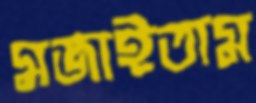
মজাইতাম